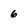
Character: 6